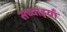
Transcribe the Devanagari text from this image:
सच्चाइयाँ